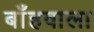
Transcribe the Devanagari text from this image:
बाँहवाला